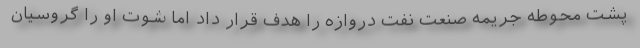
پشت محوطه جریمه صنعت نفت دروازه را هدف قرار داد اما شوت او را گروسیان